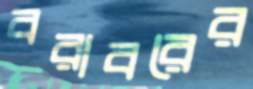
বরাবরের